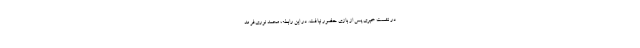
در نشست خبری پس از بازی حضور نیافت. در این رابطه، محمد نوری‌فر مد